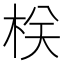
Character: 栚